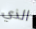
الذي